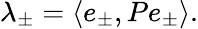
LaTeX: \lambda_{\pm}=\langle e_{\pm},Pe_{\pm}\rangle.